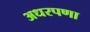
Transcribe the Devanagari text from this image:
अधरपणा